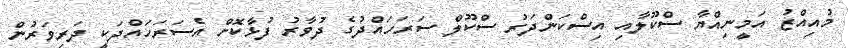
މުއިއްޒު އަމީނިއްޔާ ސްކޫލާއި އިސްކަންދަރު ސްކޫލް ސަރަހައްދުގެ ދުވާރު ފުޅާކޮށް އެސަރަހައްދަކީ ދަރިވަރުން